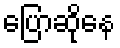
ပြောဆိုနေ